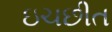
ઇચછીત